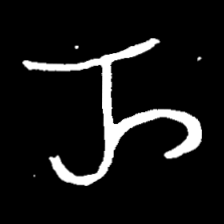
Pyu character \u2014 Myanmar letter: ည (romanized: nya)